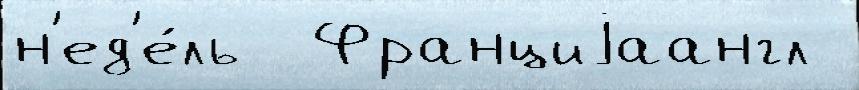
н'ед'е́ль  Франциjаангл